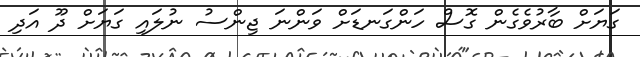
ގަޔަށް ބާރުވެގެން ގޮސް ހަންގަނޑަށް ވަންނަ ޖިންސު ނުލައި ގަޔަށް ދޫ އަދި